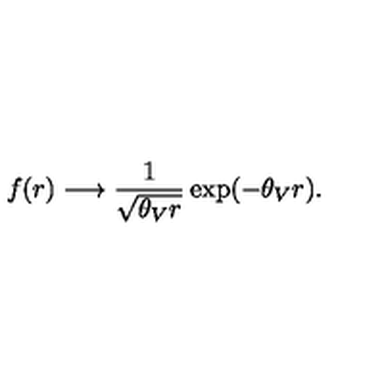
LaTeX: f ( r ) \longrightarrow \frac { 1 } { \sqrt { \theta _ { V } r } } \exp ( - \theta _ { V } r ) .